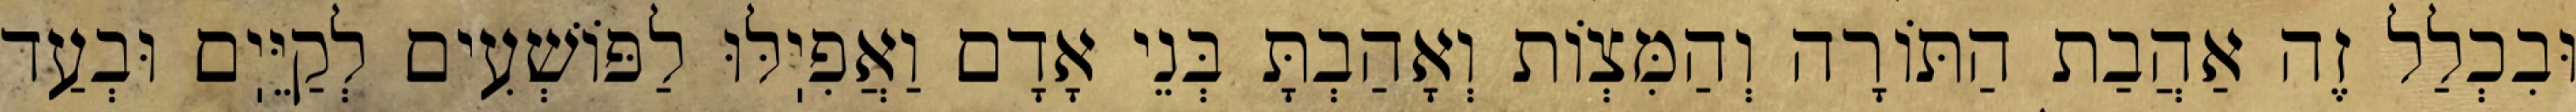
וּבִכְלַל זֶה אַהֲבַת הַתּוֹרָה וְהַמִּצְוֹת וְאָהַבְתָּ בְּנֵי אָדָם וַאֲפִיֽלּוּ לַפּוֹשְׁעִים לְקַיֵּיֽם וּבְעַד